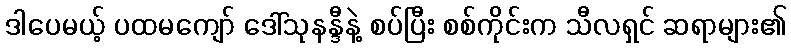
ဒါပေမယ့် ပထမကျော် ဒေါ်သုနန္ဒီနဲ့ စပ်ပြီး စစ်ကိုင်းက သီလရှင် ဆရာများ၏